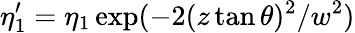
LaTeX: \eta_{1}^{\prime}=\eta_{1}\exp(-2(z\tan\theta)^{2}/w^{2})